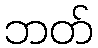
ဘတ်